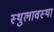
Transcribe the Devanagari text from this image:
स्थुलावस्था